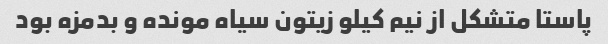
پاستا متشکل از نیم کیلو زیتون سیاه مونده و بدمزه بود